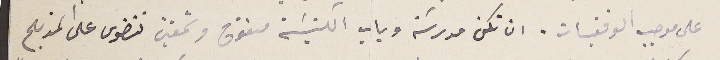
على موجب الوقفيات. ان تكن مدرسَة وباب الكنيسَة مفتوح وشمعتين تتضوى على المذبح